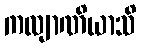
ကလျာဏိယာသိ